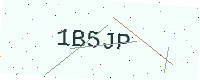
Text: 1B5JP